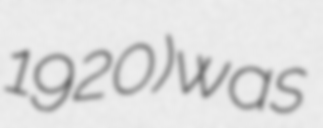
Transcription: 1920) was